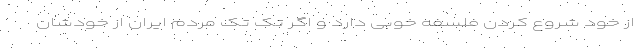
از خود شروع کردن فلسفه خوبی دارد و اگر تک تک مردم ایران از خودشان